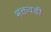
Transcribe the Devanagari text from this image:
भक्तवडी